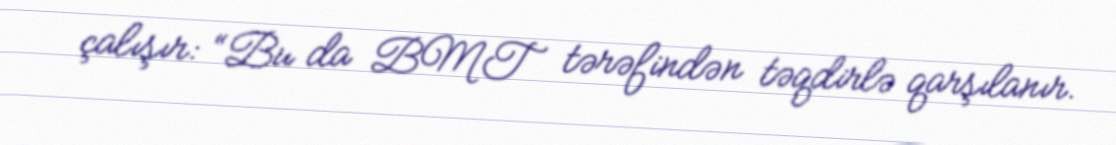
çalışır: “Bu da BMT tərəfindən təqdirlə qarşılanır.